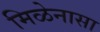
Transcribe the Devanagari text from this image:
मिळेनासा